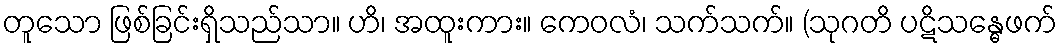
တူသော ဖြစ်ခြင်းရှိသည်သာ။ ဟိ၊ အထူးကား။ ကေဝလံ၊ သက်သက်။ (သုဂတိ ပဋိသန္ဓေဖက်